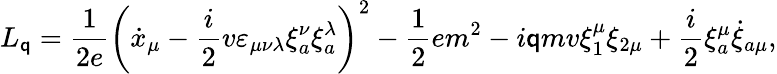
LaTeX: L_{\mathsf{q}}=\frac{{1}}{{2e}}\left(\dot{{x}}_{\mu}-\frac{{i}}{{2}}v\varepsilon_{\mu\nu\lambda}\xi_{a}^{\nu}\xi_{a}^{\lambda}\right)^{2}-\frac{{1}}{{2}}em^{2}-i\mathsf{q}mv\xi_{1}^{\mu}\xi_{2\mu}+\frac{{i}}{{2}}\xi_{a}^{\mu}\dot{{\xi}}_{a\mu},